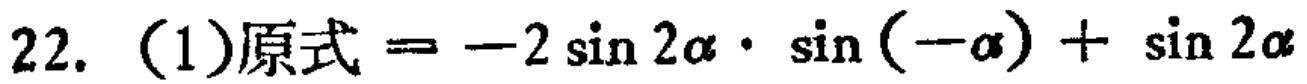
22. (1)原式$=-2\sin 2\alpha\cdot\sin(-\alpha)+\sin 2\alpha$